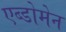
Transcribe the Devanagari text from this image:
एब्डोमेन